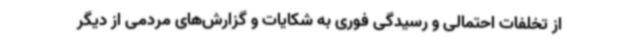
از تخلفات احتمالی و رسیدگی فوری به شکایات و گزارش‌های مردمی از دیگر